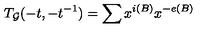
T _ { { \cal G } } ( - t , - t ^ { - 1 } ) = \sum x ^ { i ( B ) } x ^ { - e ( B ) }